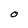
Character: O